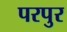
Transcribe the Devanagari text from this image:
परपुर